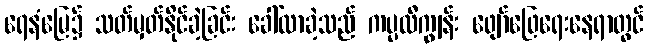
ရေနံမြေ၌ သတ်မှတ်နိုင်ခဲ့ခြင်း ခေါ်လာခဲ့သည် ကပ္ပလီကျွန်း ဖျော်ဖြေရေးနေရာတွင်